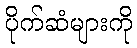
ပိုက်ဆံများကို